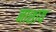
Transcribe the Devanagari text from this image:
नाशाय